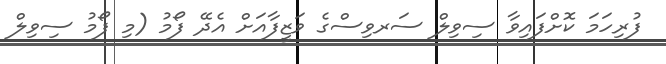
ފުރިހަމަ ކޮށްފައިވާ ސިވިލް ސަރވިސްގެ ވަޒީފާއަށް އެދޭ ފޯމު (މި ފޯމު ސިވިލް